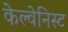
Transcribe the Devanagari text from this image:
केल्वेनिस्ट